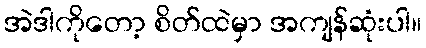
အဲဒါကိုတော့ စိတ်ထဲမှာ အကျန်ဆုံးပါ။